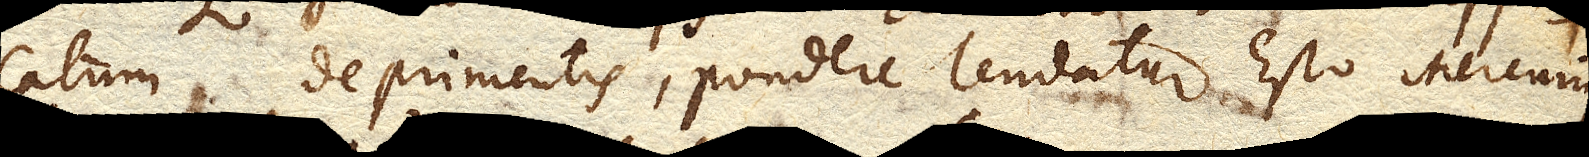
catum deprimentis, ponderepondus tendatur. Esto Mercurius